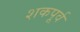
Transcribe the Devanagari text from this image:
शकपूर्व